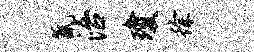
氤治琼徐